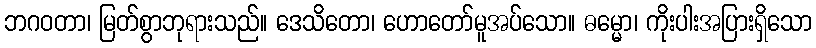
ဘဂဝတာ၊ မြတ်စွာဘုရားသည်။ ဒေသိတော၊ ဟောတော်မူအပ်သော။ ဓမ္မော၊ ကိုးပါးအပြားရှိသော